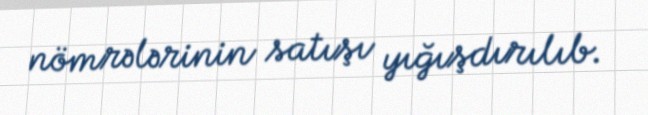
nömrələrinin satışı yığışdırılıb.